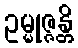
ဥမ္မုဇ္ဇန္တိ